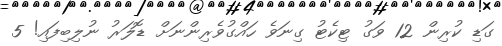
ގަޑި ކުރިން 12 ވަގު ޓިކެޓު ގިނަވެ ހައްގުވެރިންނަށް ޑޮލަރު ނުލިބިފައި! 5